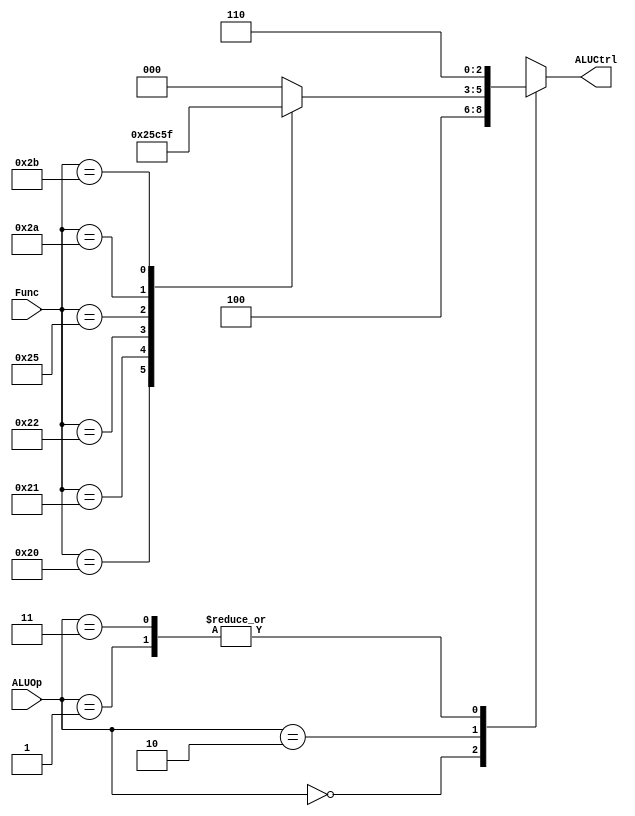
`timescale 1ns / 1ps
//////////////////////////////////////////////////////////////////////////////////
// Company: 
// Engineer: 
// 
// Design Name: 
// Module Name: ALUCU
// Project Name: 
// Target Devices: 
// Tool Versions: 
// Description: 
// 
// Dependencies: 
// 
// Revision:
// Revision 0.01 - File Created
// Additional Comments:
// 
//////////////////////////////////////////////////////////////////////////////////


module ALUCU(Func,ALUOp,ALUCtrl);
    input[5:0]Func;
    input[1:0]ALUOp;
    output[2:0]ALUCtrl;
    reg[2:0] r_ALUCtrl;
    assign ALUCtrl = r_ALUCtrl;
    always@(*)
    begin
        case(ALUOp)
            2'b00:
                begin
                    r_ALUCtrl=3'b100;
                end
            2'b01:
                begin
                    r_ALUCtrl=3'b110;
                end
            2'b10:
                begin
                    case(Func)
                        6'b100000:r_ALUCtrl=3'b100;
                        6'b100001:r_ALUCtrl=3'b101;
                        6'b100010:r_ALUCtrl=3'b110;
                        6'b100100:r_ALUCtrl=3'b000;
                        6'b100101:r_ALUCtrl=3'b001;
                        6'b101010:r_ALUCtrl=3'b011;
                        6'b101011:r_ALUCtrl=3'b111;
                        default:r_ALUCtrl=3'b000;
                    endcase
                end
             2'b11:
                begin
                    r_ALUCtrl=3'b110;
                end
             default:r_ALUCtrl=3'b111;
        endcase
    end
endmodule